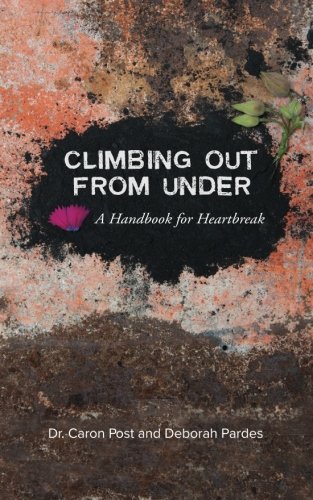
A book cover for Climbing Out From Under: A Handbook for Heartbreak; Deborah B Pardes; Self-Help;